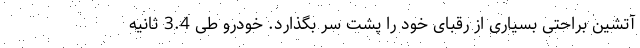
آتشین براحتی بسیاری از رقبای خود را پشت سر بگذارد. خودرو طی 3.4 ثانیه